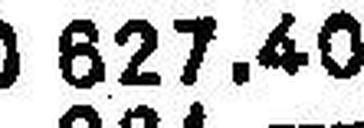
627.40